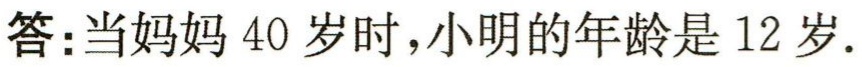
答：当妈妈$40$岁时，小明的年龄是$12$岁.